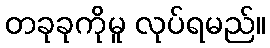
တခုခုကိုမူ လုပ်ရမည်။